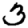
Digit: 3